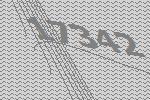
17342